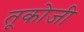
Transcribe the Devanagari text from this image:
तूकोजी